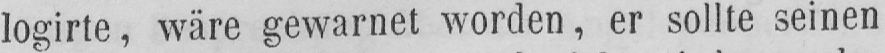
logirte, wäre gewarnet worden, er sollte seinen